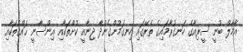
އާމާލް ބުނީ ސީރިއާގެ ހަނގުރާމައިގެ ތެރޭގައި ހިނގަމުންގެންދާ ޖިނާއީ ކުށްތަކާއި އިންސާނީ ޙައްޤުތަކާއި